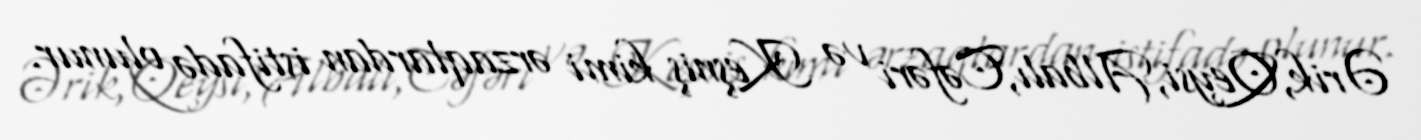
Ərik,Qeysi,Albalı,Cəfəri və Keşniş kimi ərzaqlardan istifadə olunur.